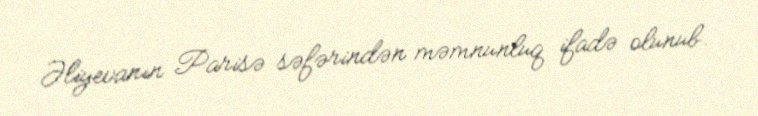
Əliyevanın Parisə səfərindən məmnunluq ifadə olunub.